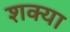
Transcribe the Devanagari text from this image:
शक्या